Newspaper: Alexandria gazette. [volume]
Place of publication: Alexandria, D.C.
Publisher: Edgar Snowden
Date: 1870-04-15 00:00:00
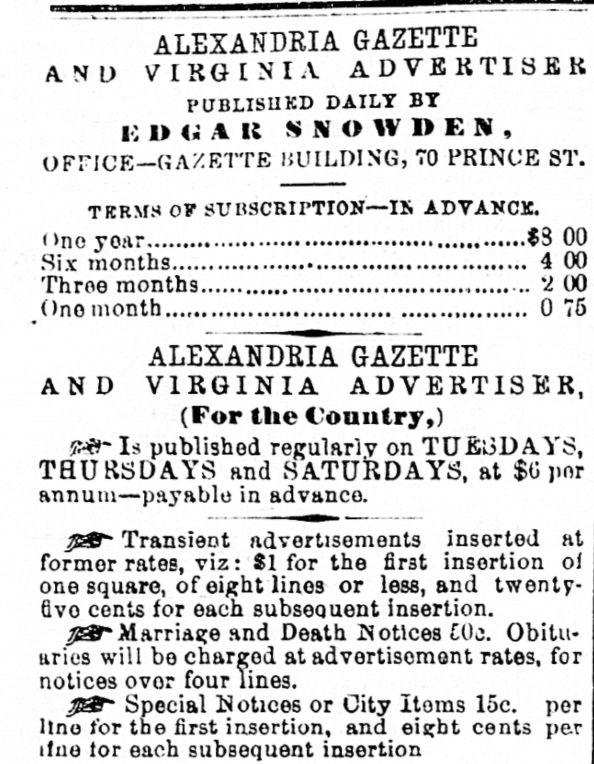
Advertisement text (OCR):
ALEXANDRIA GAZETTE AND VIRGINIA PUBLISHKD DAILY BY i; 1> <? A It S N (> W WEN, OFTICE?GAZETTE WILDING, TO PRINCE ST. TKRMS OP SUBSCRIPTION?IN ADVANCE. ? >no $3 Six months 4 00 Throe months *2 00 Ono month 0 76 ALEXANDRIA GAZETTE AND VIRGINIA ADVERTISER, (Fop the Country,) Is published regularly on TUESDAYS, THURSDAYS and SATURDAYS, at $0 pnr annum?payable in advance. Transient advertisements jnsortod at formor rates, viz: Si for the first insertion ol one square, of eight linos or less, and cents for each subsequent insertion. 7f3S* Marriage and Death Notices ?0c. will be charred at advertisement rates, for notices ovor four lines. J&t* Special Notices or City Itoms 15c. per lino for the first insertion, and eight cents per line lor each insertion
Label: text-only